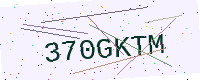
Text: 370GKTM